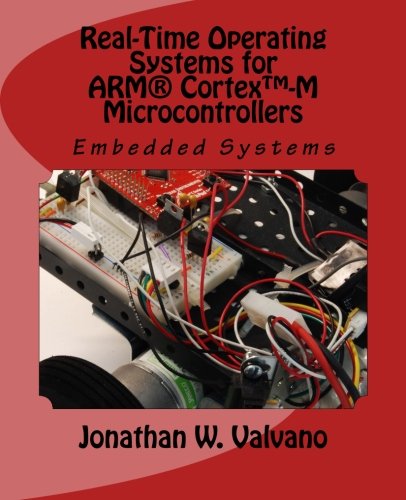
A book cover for Embedded Systems: Real-Time Operating Systems for Arm Cortex M Microcontrollers; Jonathan Valvano; Computers & Technology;